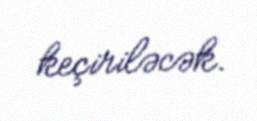
keçiriləcək.